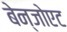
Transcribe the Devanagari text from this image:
बेन्जोएट